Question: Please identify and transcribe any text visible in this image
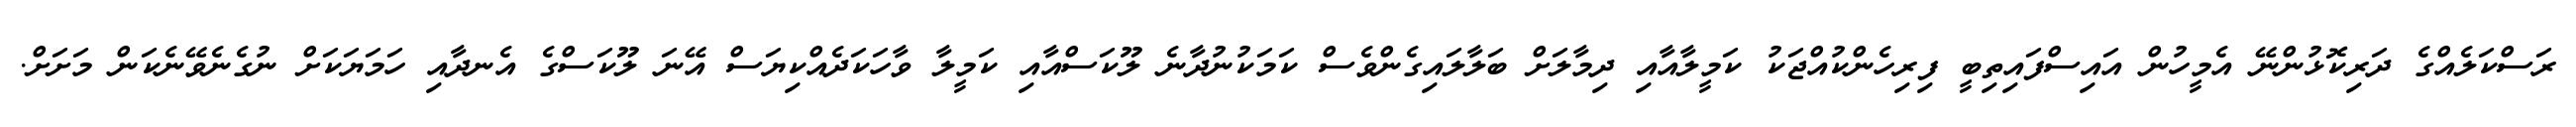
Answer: ރަސްކަލެއްގެ ދަރިކޮޅުންނޭ އެމީހުން އައިސްފައިތިބީ ފިރިހެންކުއްޖަކު ކަމީލާއާއި ދިމާލަށް ބަލާލައިގެންވެސް ކަމަކުނުދާނެ ލޫކަސްއާއި ކަމީލާ ވާހަކަދެއްކިޔަސް އޭނަ ލޫކަސްގެ އެނދާއި ހަމަޔަކަށް ނުގެނެވޭނެކަން މަށަށް.